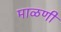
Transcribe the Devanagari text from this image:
माळणी